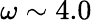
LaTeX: \omega\sim 4.0